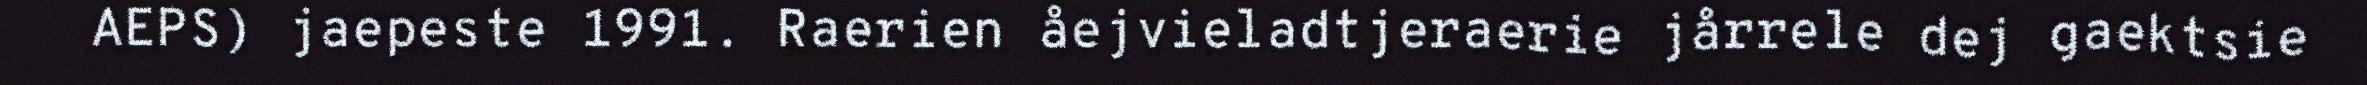
AEPS) jaepeste 1991. Raerien åejvieladtjeraerie jårrele dej gaektsie